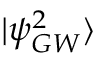
| \psi _ { G W } ^ { 2 } \rangle